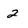
Character: 2